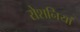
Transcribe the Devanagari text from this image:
रोशनियां